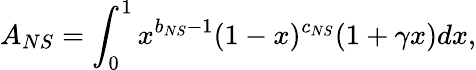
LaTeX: A_{NS}=\int_{0}^{1}x^{b_{NS}-1}(1-x)^{c_{NS}}(1+\gamma x)dx,